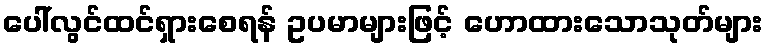
ပေါ်လွင်ထင်ရှားစေရန် ဥပမာများဖြင့် ဟောထားသောသုတ်များ